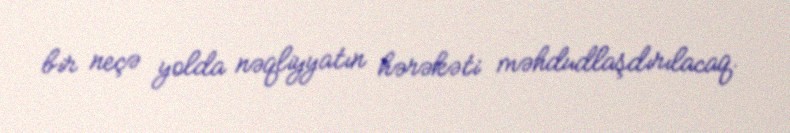
bir neçə yolda nəqliyyatın hərəkəti məhdudlaşdırılacaq.